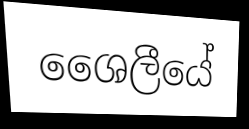
ශෛලීයේ